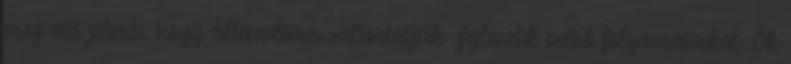
meg azt jelenti, hogy állandóan változtatják fejlesztik belső folyamataikat. Ők